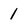
Character: 1